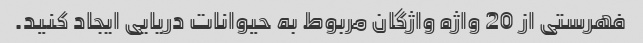
فهرستی از 20 واژه واژگان مربوط به حیوانات دریایی ایجاد کنید.